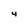
Character: 4